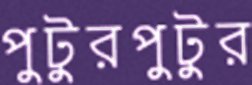
পুটুরপুটুর